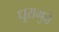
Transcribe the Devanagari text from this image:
धूरामुळे